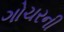
ગોચરની